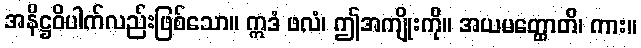
အနိဋ္ဌဝိပါက်လည်းဖြစ်သော။ ဣဒံ ဖလံ၊ ဤအကျိုးကို။ အယမတ္ထောတိ၊ ကား။